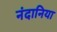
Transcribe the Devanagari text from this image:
नंदानिया